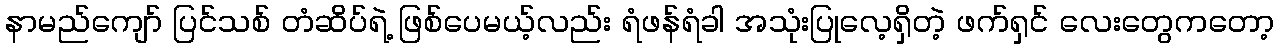
နာမည်ကျော် ပြင်သစ် တံဆိပ်ရဲ့ ဖြစ်ပေမယ့်လည်း ရံဖန်ရံခါ အသုံးပြုလေ့ရှိတဲ့ ဖက်ရှင် လေးတွေကတော့